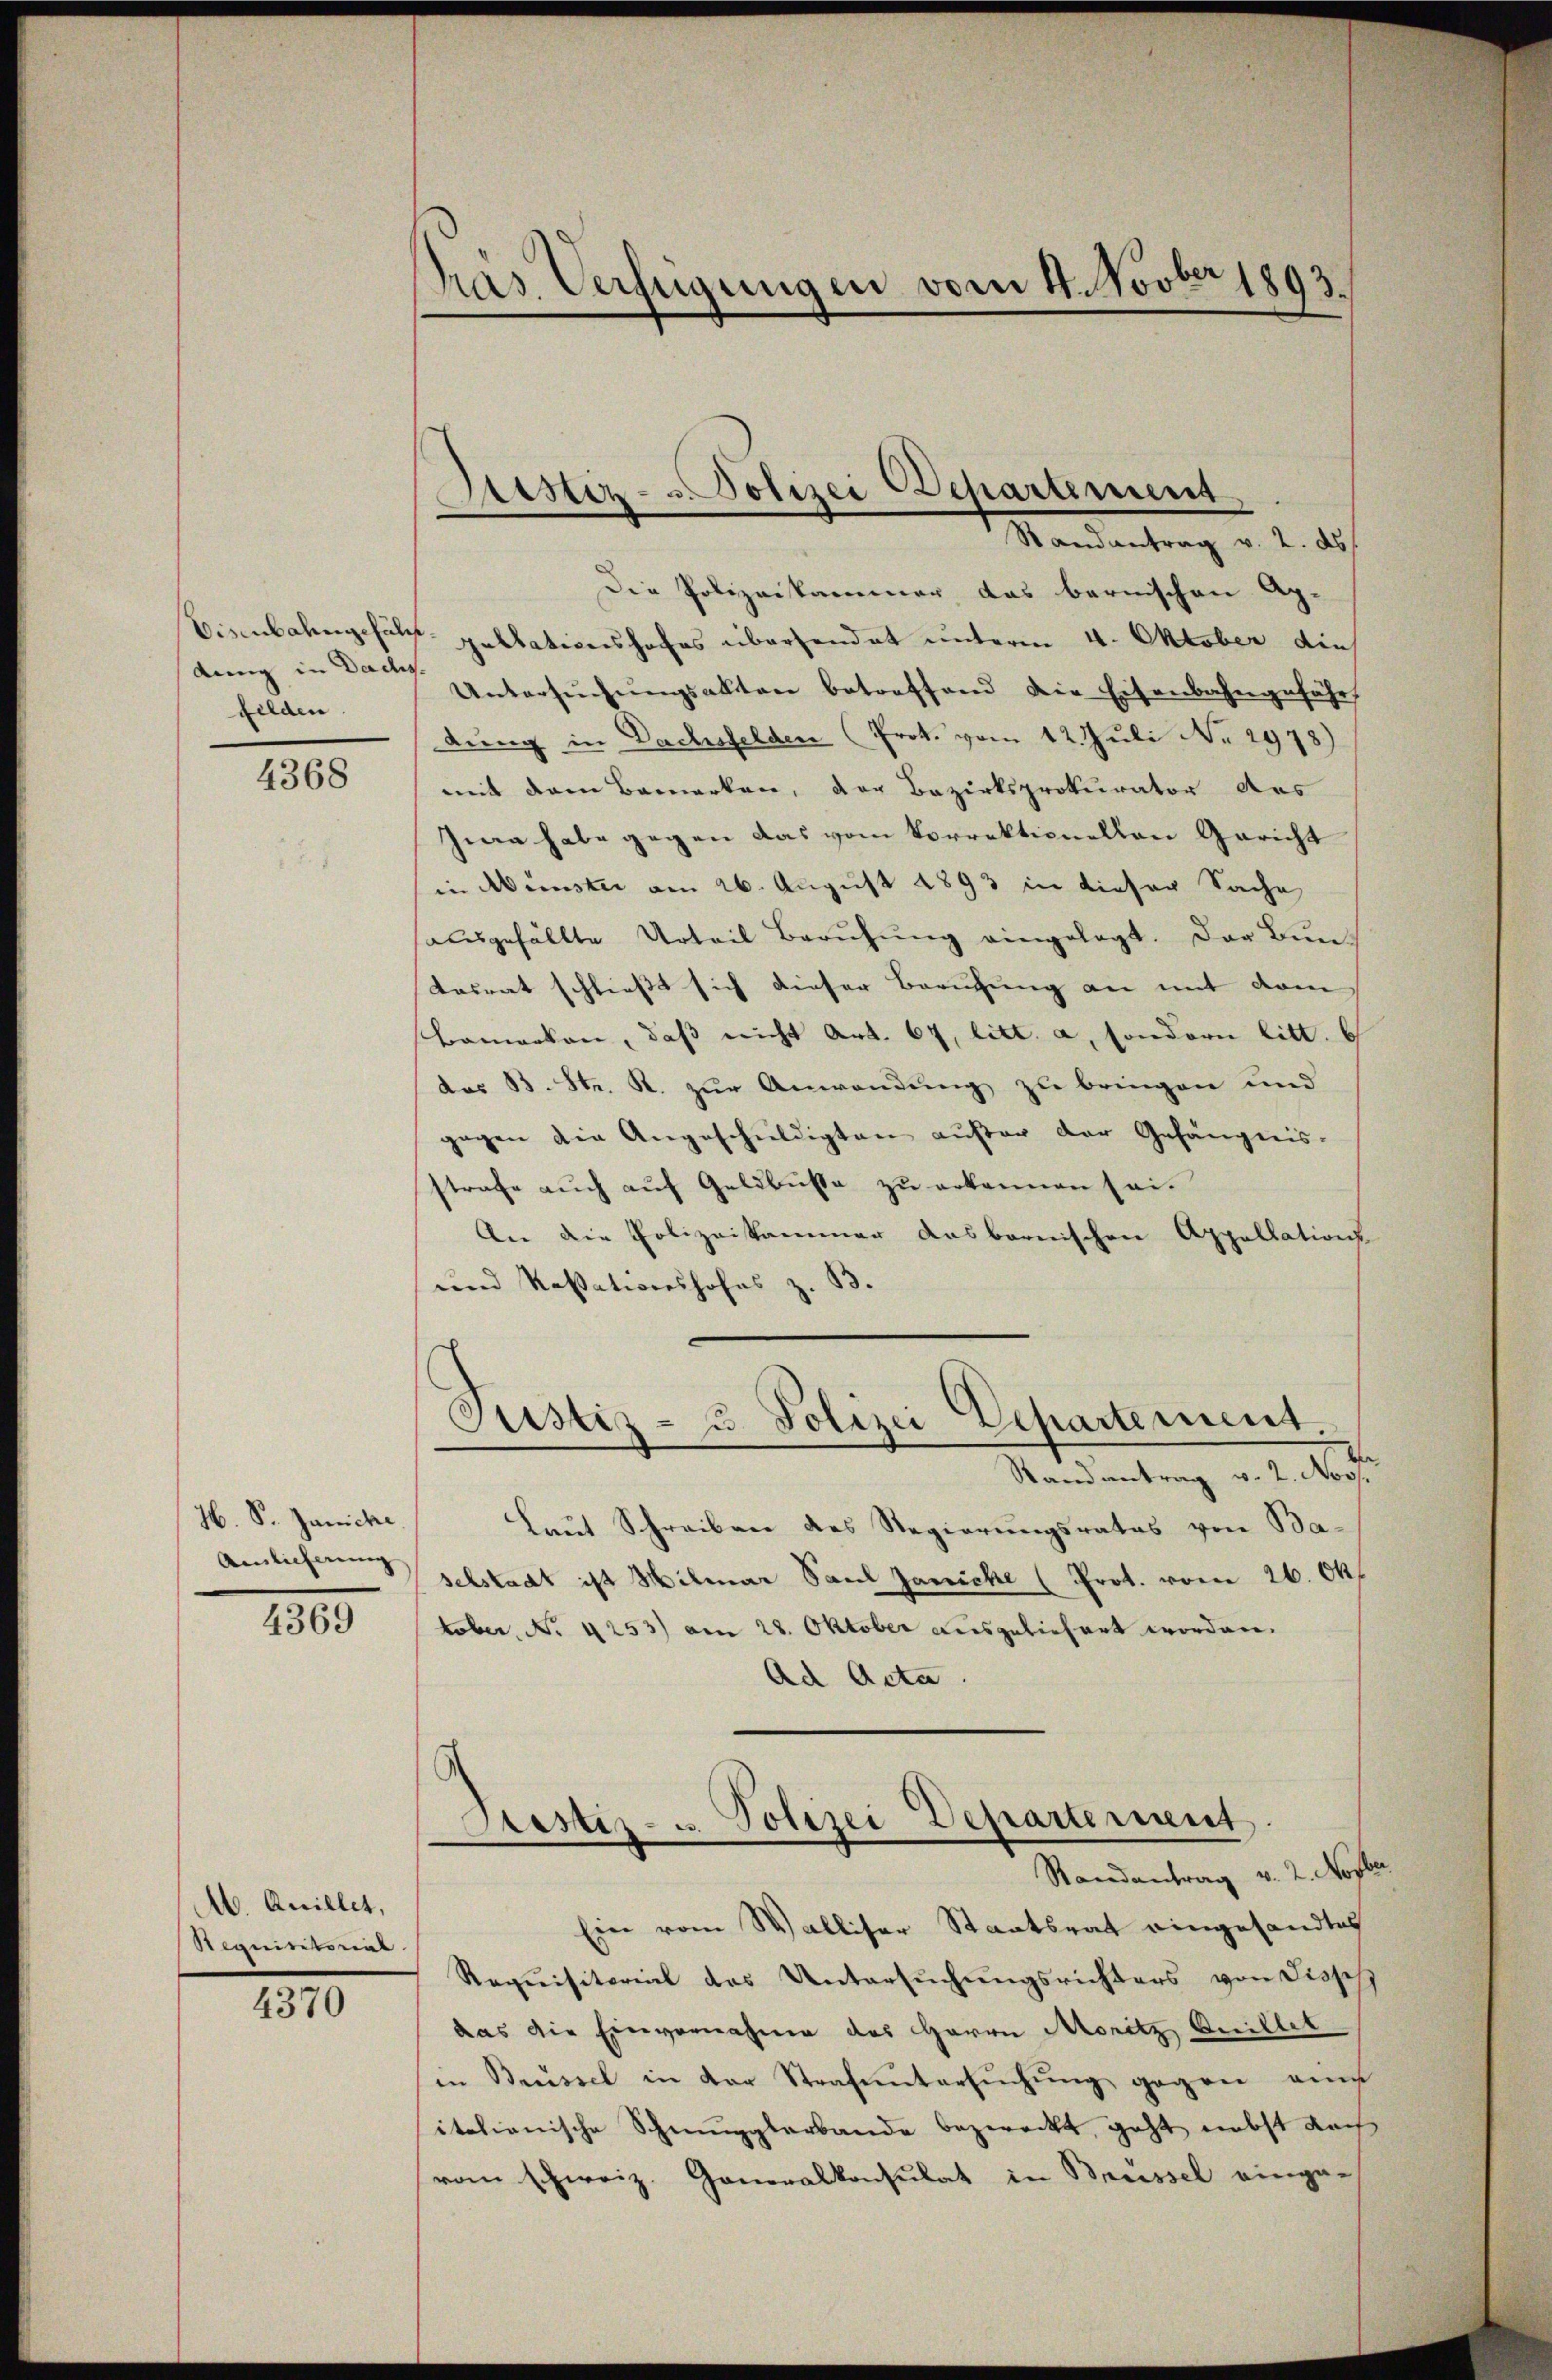
dung in Dachs
felden

4368

H. S. Janiche
Ainlicherung,
4369

M. Anillet,
eterordner

4370

Pras Verfügungen vom 4. Novber 1893.

Die Polizeikammer das bernischen Ap-
Bisenbahngefalz pellationshofes übersendet unterm 4. Oktober die
Untersŭchŭngsakten betreffend die Eisenbahngefähr
dung in Dachsfelden (Prot. vom 12. Juli Nr. 2978)
mit dem Bemerken, der Bezirksprokurator des
Zwa habe gegen das vom Vorrektionellen Gericht
in Münster am 26. August 1893 in dieser Sache
sausgefällte Urteil Berŭhŭng eingelegt. Der Buntasrat schließt sich dieser Berufung an mit dem |
Bamarken, daβ nicht Art. 67, litt. a, sondern litt. b
das B. Str. R. zur Anwendung zu bringen und
gegen die Angeschuldigten außer der Gefängnis-
strafe auch auf Geldbusse zu erkennen sei.
An die Polizeikammer das bernischen Appellations-
und Kassationshofes z. B.
Justiz- & Polizei Departement.
Randantrag v. 2. Nov.
Laut Schreiben des Regierungsrates von Ba-
selstadt ist Hilar Saul Janiche (Prot. vom 26. Okt
tober, No 4253) am 28. Oktober ausgeliefert worden.
Ad Acta.

Sistiz- & Polizei Departement
Randantrag v. 2. ds

Prestiz- u. Polizei Departement
Randantrag v. 2. Novber

Ein vom Walliser Staatsrat eingesandtes
Requisitorial des Untersuchungsrichters von Jispf
das die Einvernahme des Herrn Moritz Guillet
in Brüssel in der Strafuntersŭchŭng gegen eine
itationische Schmugglerbande bezweckt, geht nebst nach
vom schweiz. Generalkonsulat in Brüssel einge-